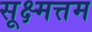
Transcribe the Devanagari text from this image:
सूक्ष्मत्तम